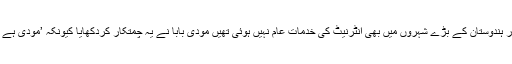
ایک ایسے وقت میں جب ڈیجیٹل کیمرہ ایجاد نہیں ہوا تھا اور ہندوستان کے بڑے شہروں میں بھی انٹرنیٹ کی خدمات عام نہیں ہوئی تھیں مودی بابا نے یہ چمتکار کردکھایا کیونکہ ’مودی ہے تو ممکن ہے‘ یعنی بڑا سے بڑا جھوٹ بول دینا ممکن ہے۔